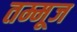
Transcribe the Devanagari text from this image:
तम्मूज